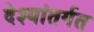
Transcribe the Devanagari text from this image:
देश्यांतर्गत